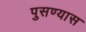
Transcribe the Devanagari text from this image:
पुसण्यास